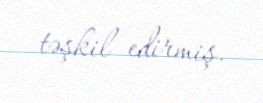
təşkil edirmiş.